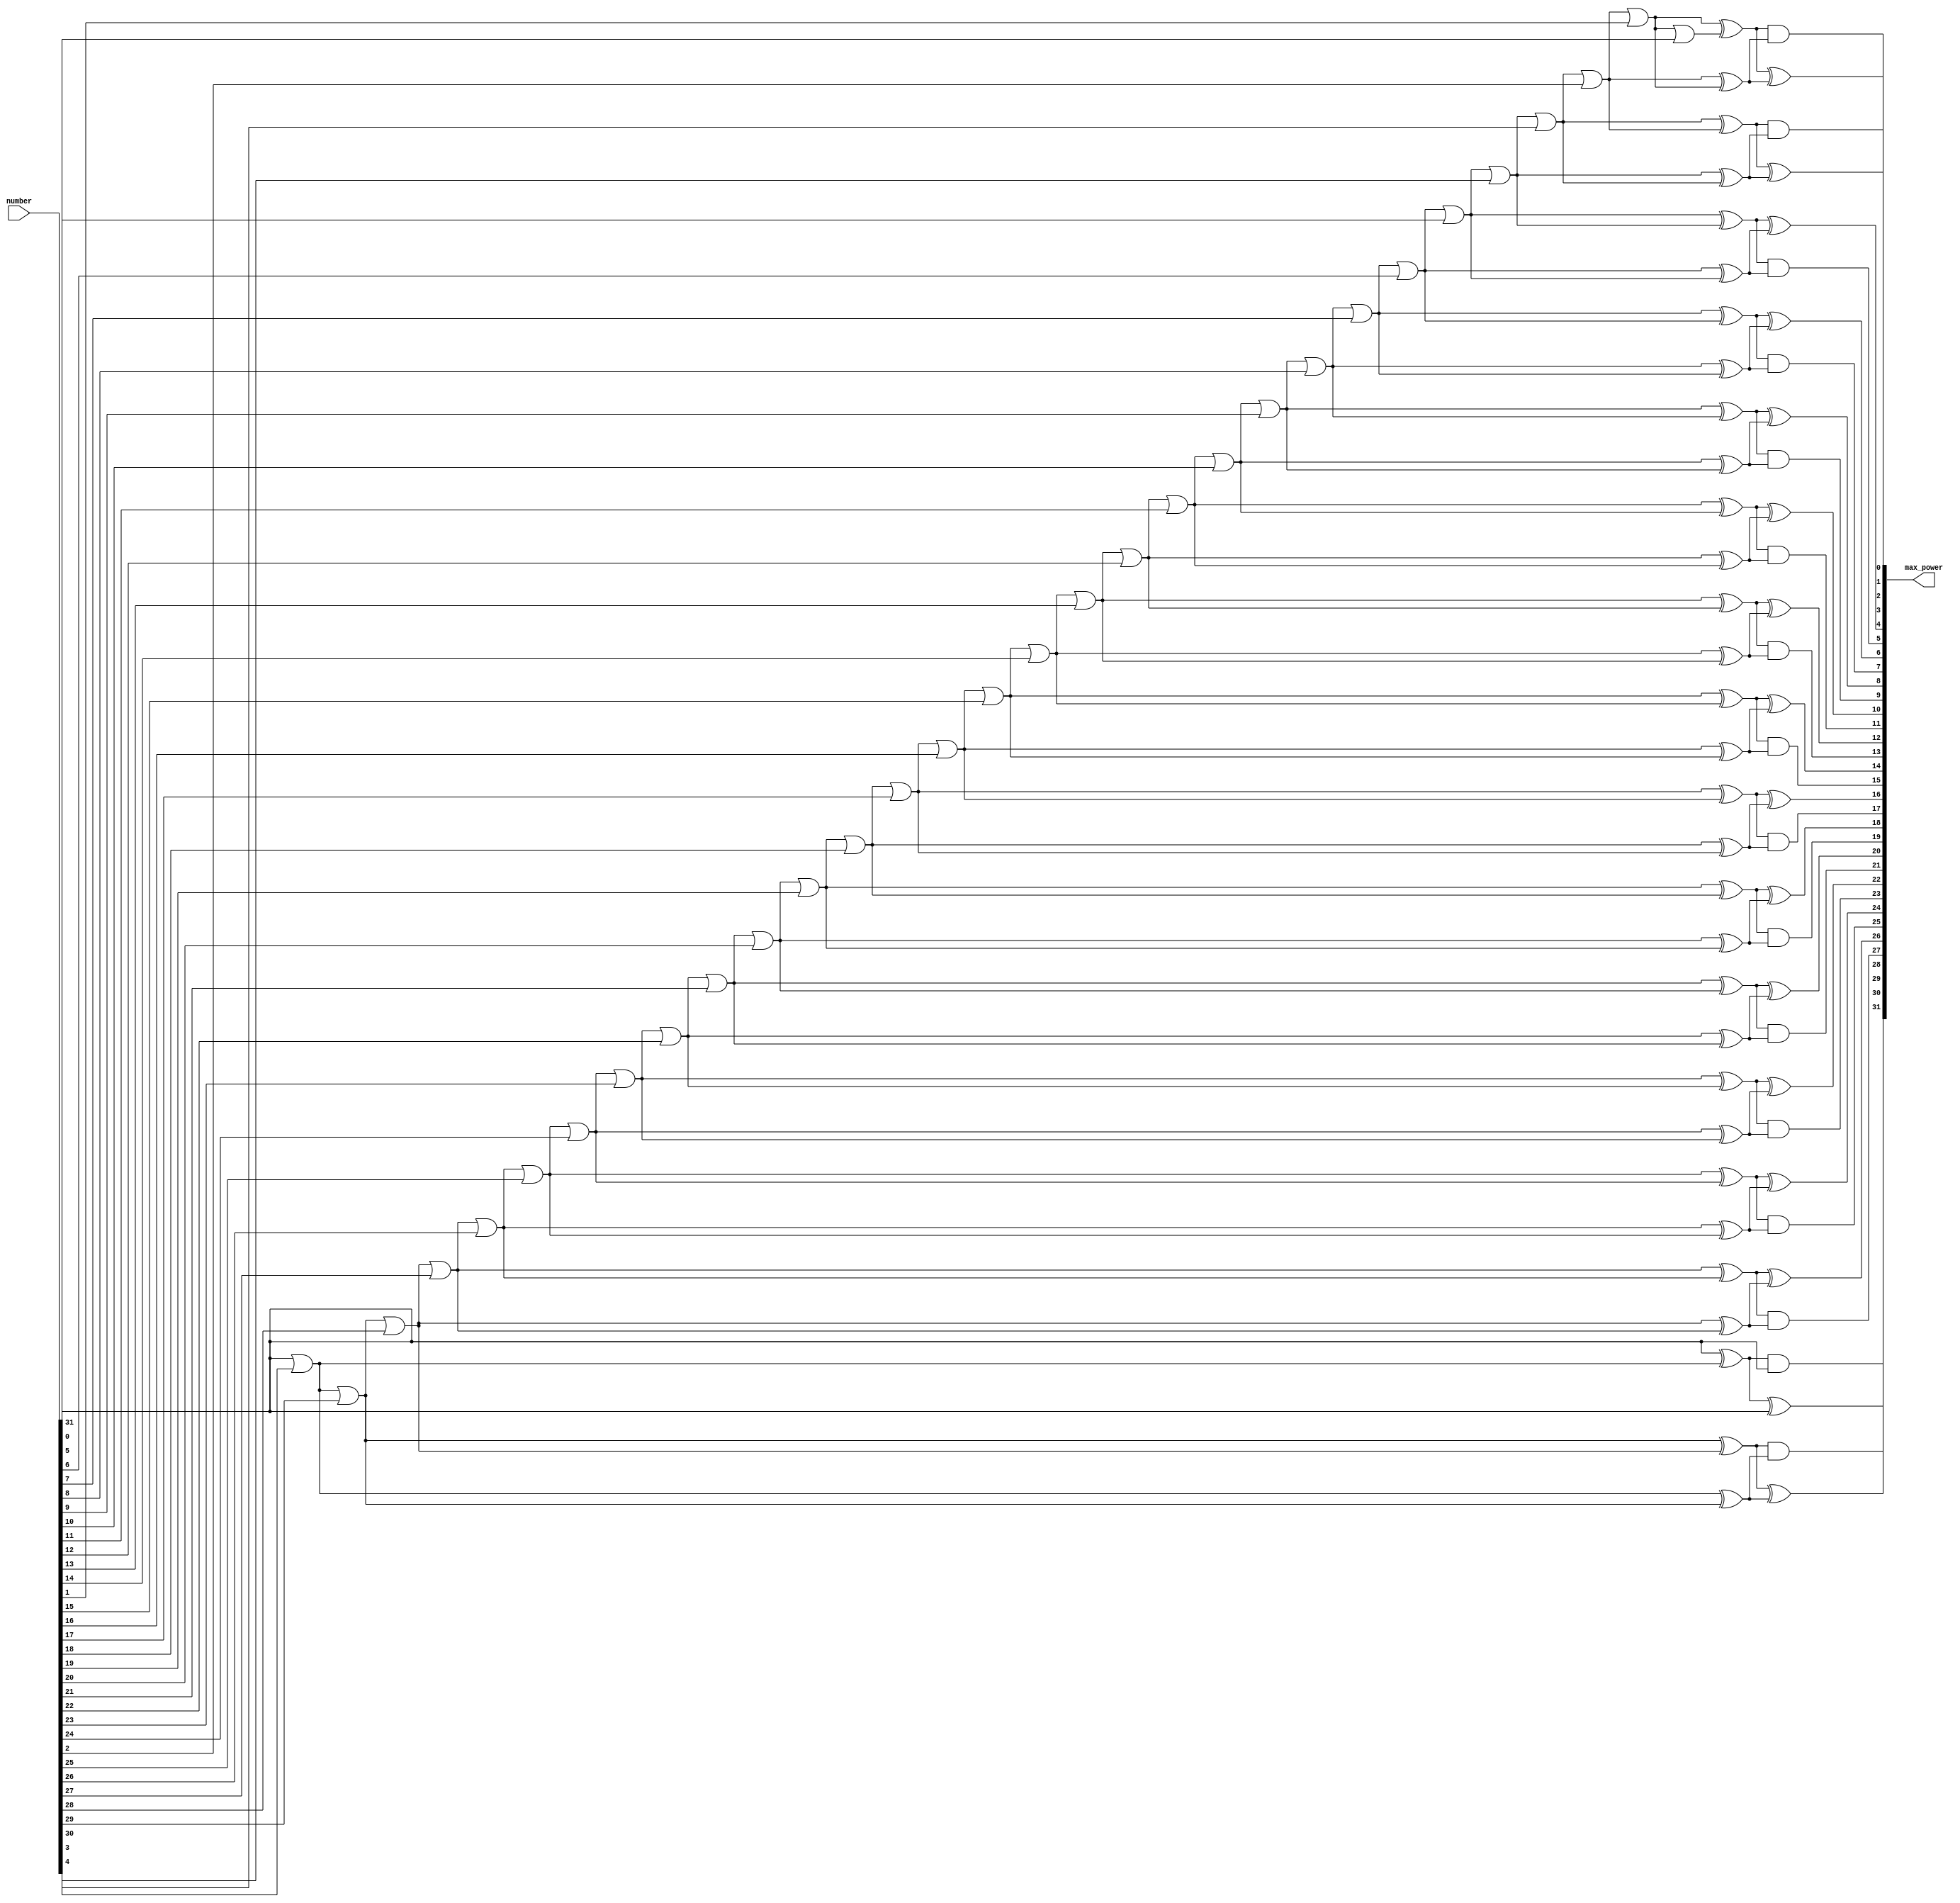
// `include "header.h"


module first_one_finder(number, max_power);
/*
    it's used to find the biggest power of 4 that is less than the input number
    default size is 32 bit and it can be changed by modifying SIZE paramenter
    Input : number
    Output : max_power

*/
parameter SIZE = 32;
input [SIZE - 1 : 0] number;
output [SIZE - 1 : 0] max_power;

wire [SIZE - 1 : 0] middle_wires;
wire [SIZE - 1 : 0] or_wires;

genvar i;
generate for (i = 0; i < SIZE - 1; i = i + 1) begin
        assign or_wires[i] = or_wires[i + 1] | number[i];
        assign middle_wires[i] = or_wires[i + 1] ^ or_wires[i];
    end
endgenerate
assign or_wires[SIZE - 1] = number[SIZE - 1];
assign middle_wires[SIZE - 1] = number[SIZE - 1];
/* 
    To detect whether first one is located in an odd stage or even one
*/
genvar j;
generate for (j = 0; j < SIZE - 1; j = j + 2) begin
        assign max_power[j] = middle_wires[j] ^ middle_wires[j + 1];
        assign max_power[j + 1] = middle_wires[j] & middle_wires[j + 1];
    end
	if(SIZE[0])
		assign max_power[SIZE - 1] = middle_wires[SIZE - 1];
endgenerate

// assign max_power[SIZE - 1] = (SIZE[0]) ?middle_wires[SIZE - 1] : max_power[SIZE - 1];


endmodule